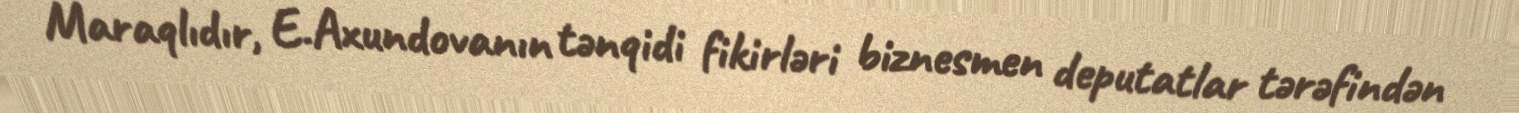
Maraqlıdır, E.Axundovanın tənqidi fikirləri biznesmen deputatlar tərəfindən